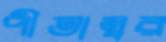
পীতাম্বর